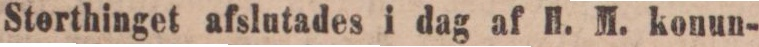
Sterthinget afslutades i dag af H. M. konun-